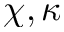
\chi , \kappa